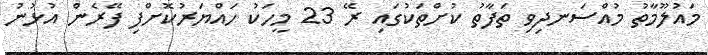
މައުލޫމާތު މުއްސަނދިވި ތަފާތު ކުށްތަކުގައި ރޭ 23 މީހަކު ހައްޔަރުކޮށްފި ފޭރެން އުޅުނު